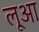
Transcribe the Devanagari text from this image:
लूआ